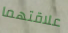
علاقتهما